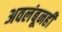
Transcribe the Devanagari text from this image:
अवलंबूनही